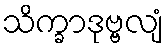
သိက္ခာဒုဗ္ဗလျံ